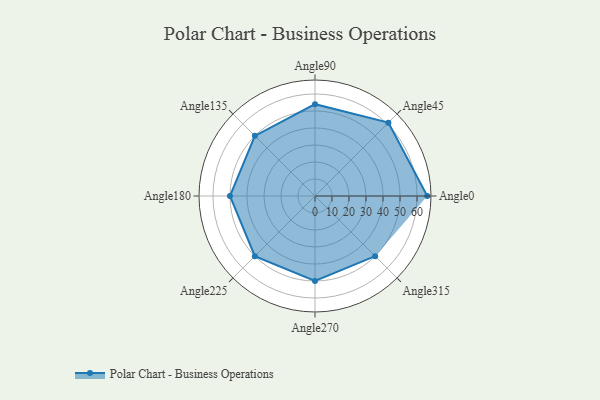
{"axis": {"x": "Angle", "y": "Radius"}, "legend": [""], "data": [{"x": "Angle0", "y": 66.0, "type": ""}, {"x": "Angle45", "y": 61.0, "type": ""}, {"x": "Angle90", "y": 54.0, "type": ""}, {"x": "Angle135", "y": 50, "type": ""}, {"x": "Angle180", "y": 50, "type": ""}, {"x": "Angle225", "y": 50, "type": ""}, {"x": "Angle270", "y": 50, "type": ""}, {"x": "Angle315", "y": 50, "type": ""}]}